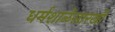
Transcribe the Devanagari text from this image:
धर्मशाळेसारखी